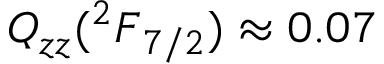
{ \boldsymbol { Q _ { z z } ( { ^ 2 F } _ { 7 / 2 } ) \approx 0 . 0 7 } }